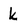
Character: k